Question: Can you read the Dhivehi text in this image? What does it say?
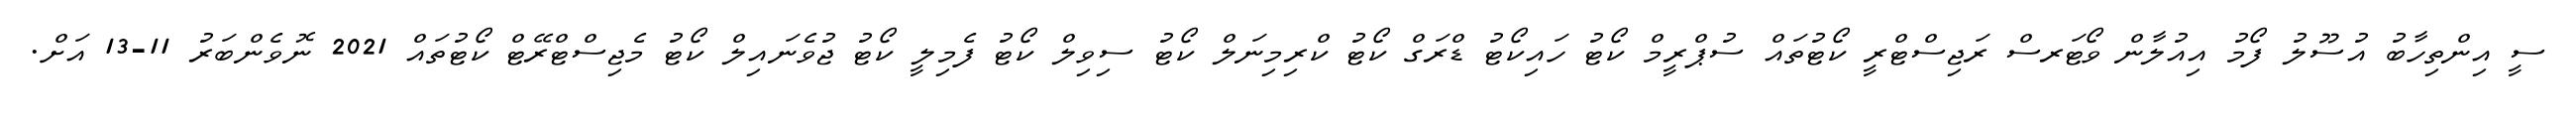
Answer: ސީ އިންތިހާބު އުސޫލު ފޯމު އިއުލާން ވޯޓަރސް ރަޖިސްޓްރީ ކޯޓުތައް ސުޕްރީމް ކޯޓު ހައިކޯޓު ޑްރަގް ކޯޓު ކްރިމިނަލް ކޯޓު ސިވިލް ކޯޓު ފެމިލީ ކޯޓު ޖުވެނައިލް ކޯޓު މެޖިސްޓްރޭޓް ކޯޓުތައް 2021 ނޮވެންބަރު 11-13 އަށް.